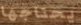
يحتاجها